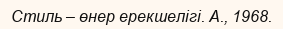
Стиль – өнер ерекшелігі. А., 1968.